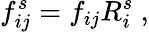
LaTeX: f_{ij}^{s}=f_{ij}R_{i}^{s}\ ,